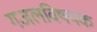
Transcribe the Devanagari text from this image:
गजलविषयक